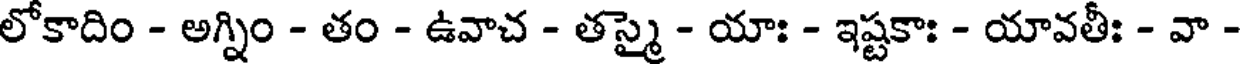
లోకాదిం - అగ్నిం - తం - ఉవాచ - తస్మై - యాః - ఇష్టకాః - యావతీః - వా -